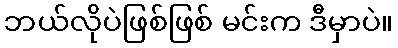
ဘယ်လိုပဲဖြစ်ဖြစ် မင်းက ဒီမှာပဲ။